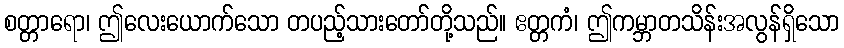
စတ္တာရော၊ ဤလေးယောက်သော တပည့်သားတော်တို့သည်။ ဧတ္တကံ၊ ဤကမ္ဘာတသိန်းအလွန်ရှိသော